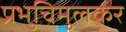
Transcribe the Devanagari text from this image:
प्रभुचिमुलकर